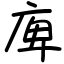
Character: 庳